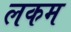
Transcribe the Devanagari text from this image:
लकम